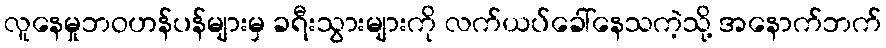
လူနေမှုဘဝဟန်ပန်များမှ ခရီးသွားများကို လက်ယပ်ခေါ်နေသကဲ့သို့ အနောက်ဘက်